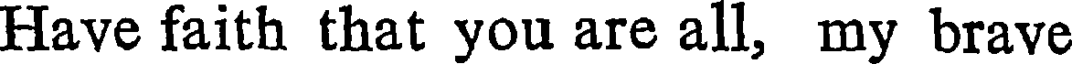
Have faith that you are all, my brave